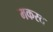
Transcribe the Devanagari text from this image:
मकरद